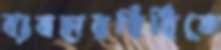
ব্যবহারবিধিকে